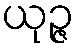
ယုဉ္ဇ